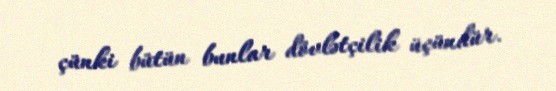
çünki bütün bunlar dövlətçilik üçündür.